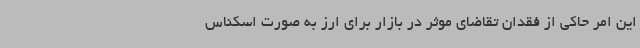
این امر حاکی از فقدان تقاضای موثر در بازار برای ارز به صورت اسکناس